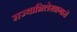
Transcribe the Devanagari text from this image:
राज्याभिलेखागारों